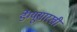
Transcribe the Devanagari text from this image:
डेंग्यूसारखी